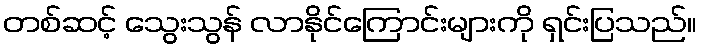
တစ်ဆင့် သွေးသွန် လာနိုင်ကြောင်းများကို ရှင်းပြသည်။